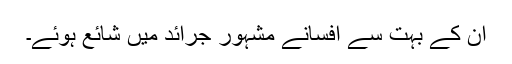
ان کے بہت سے افسانے مشہور جرائد میں شائع ہوئے۔